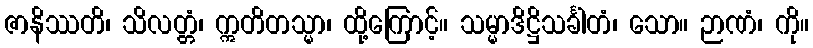
ဇာနိဿတိ၊ သိလတ္တံ၊ ဣတိတသ္မာ၊ ထို့ကြောင့်။ သမ္မာဒိဋ္ဌိသင်္ခါတံ၊ သော။ ဉာဏံ၊ ကို။